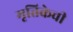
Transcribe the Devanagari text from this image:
मृत्तिकेची